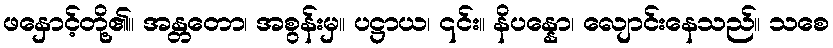
ဖနှောင့်တို့၏။ အန္တတော၊ အစွန်းမှ။ ပဋ္ဌာယ၊ ၎င်း။ နိပန္နော၊ လျောင်းနေသည်။ သစေ